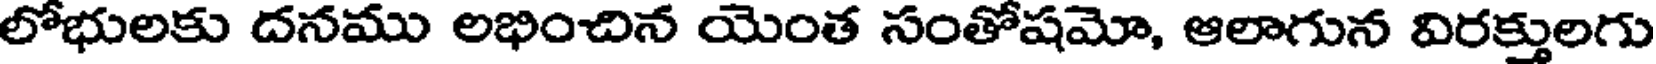
లోభులకు దనము లభించిన యెంత సంతోషమో, ఆలాగున విరక్తులగు